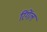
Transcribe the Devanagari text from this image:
रिंगेंल